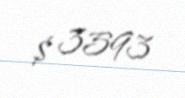
$ 3593